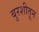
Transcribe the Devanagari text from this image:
बुरशीतून